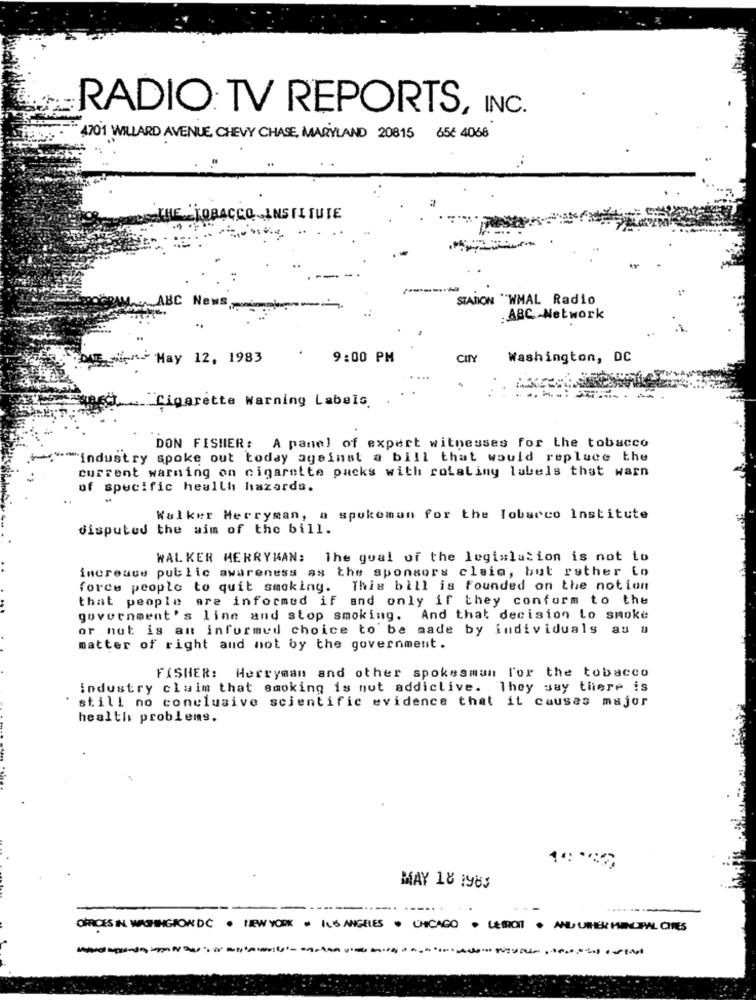
RADIO: TV REPORTS, INC.
4701 WILLARD AVENUE, CHEVY CHASE, MARYLAND 20815 65€ 4066
SKILE _TOBACCO INSTITUTE
STADION "WMAL Radio
ABC News
:ABC -Network
den May 12, 1983
9:00 PM
CITY
Washington, DC
"Cigarette Warning Labels.
DON FISHER: A panel of expert witnesses for the tobacco
"industry spoke out today against a bill that would repluce the
current warning on cigarette packs with rolaling labels that warn
of specific health hazards.
Walker Merryman, a spokeman for the Tobacco Institute
disputed the aim of the bill.
WALKER MERRYMAN: The goal of the legislation is not to
increase public awareness as the sponsors claim, but rather Lo
force people to quit smoking. This bill is founded on the notion
that people are informed if and only if they conform to the
government's line and stop smoking, And that decision to smoke
or nut is an informed choice to be made by individuals as a
matter of right and not by the government.
FISHER: Herryman and other spokesman For the tobacco
industry claim that smoking is not addictive. They say there is
still no conclusive scientific evidence that it causas major
health problems.
MAY 18 1983
......
OFFICES IN WASHINGTON DC . NEW YORK . ILS ANGELES . CHICAGO . LESROT . ANDJUINER HICIPAL CITES